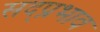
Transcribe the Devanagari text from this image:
सद्प्रभाव